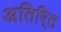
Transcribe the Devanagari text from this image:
अतिरि्‍त